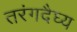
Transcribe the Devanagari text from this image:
तरंगदैघ्य